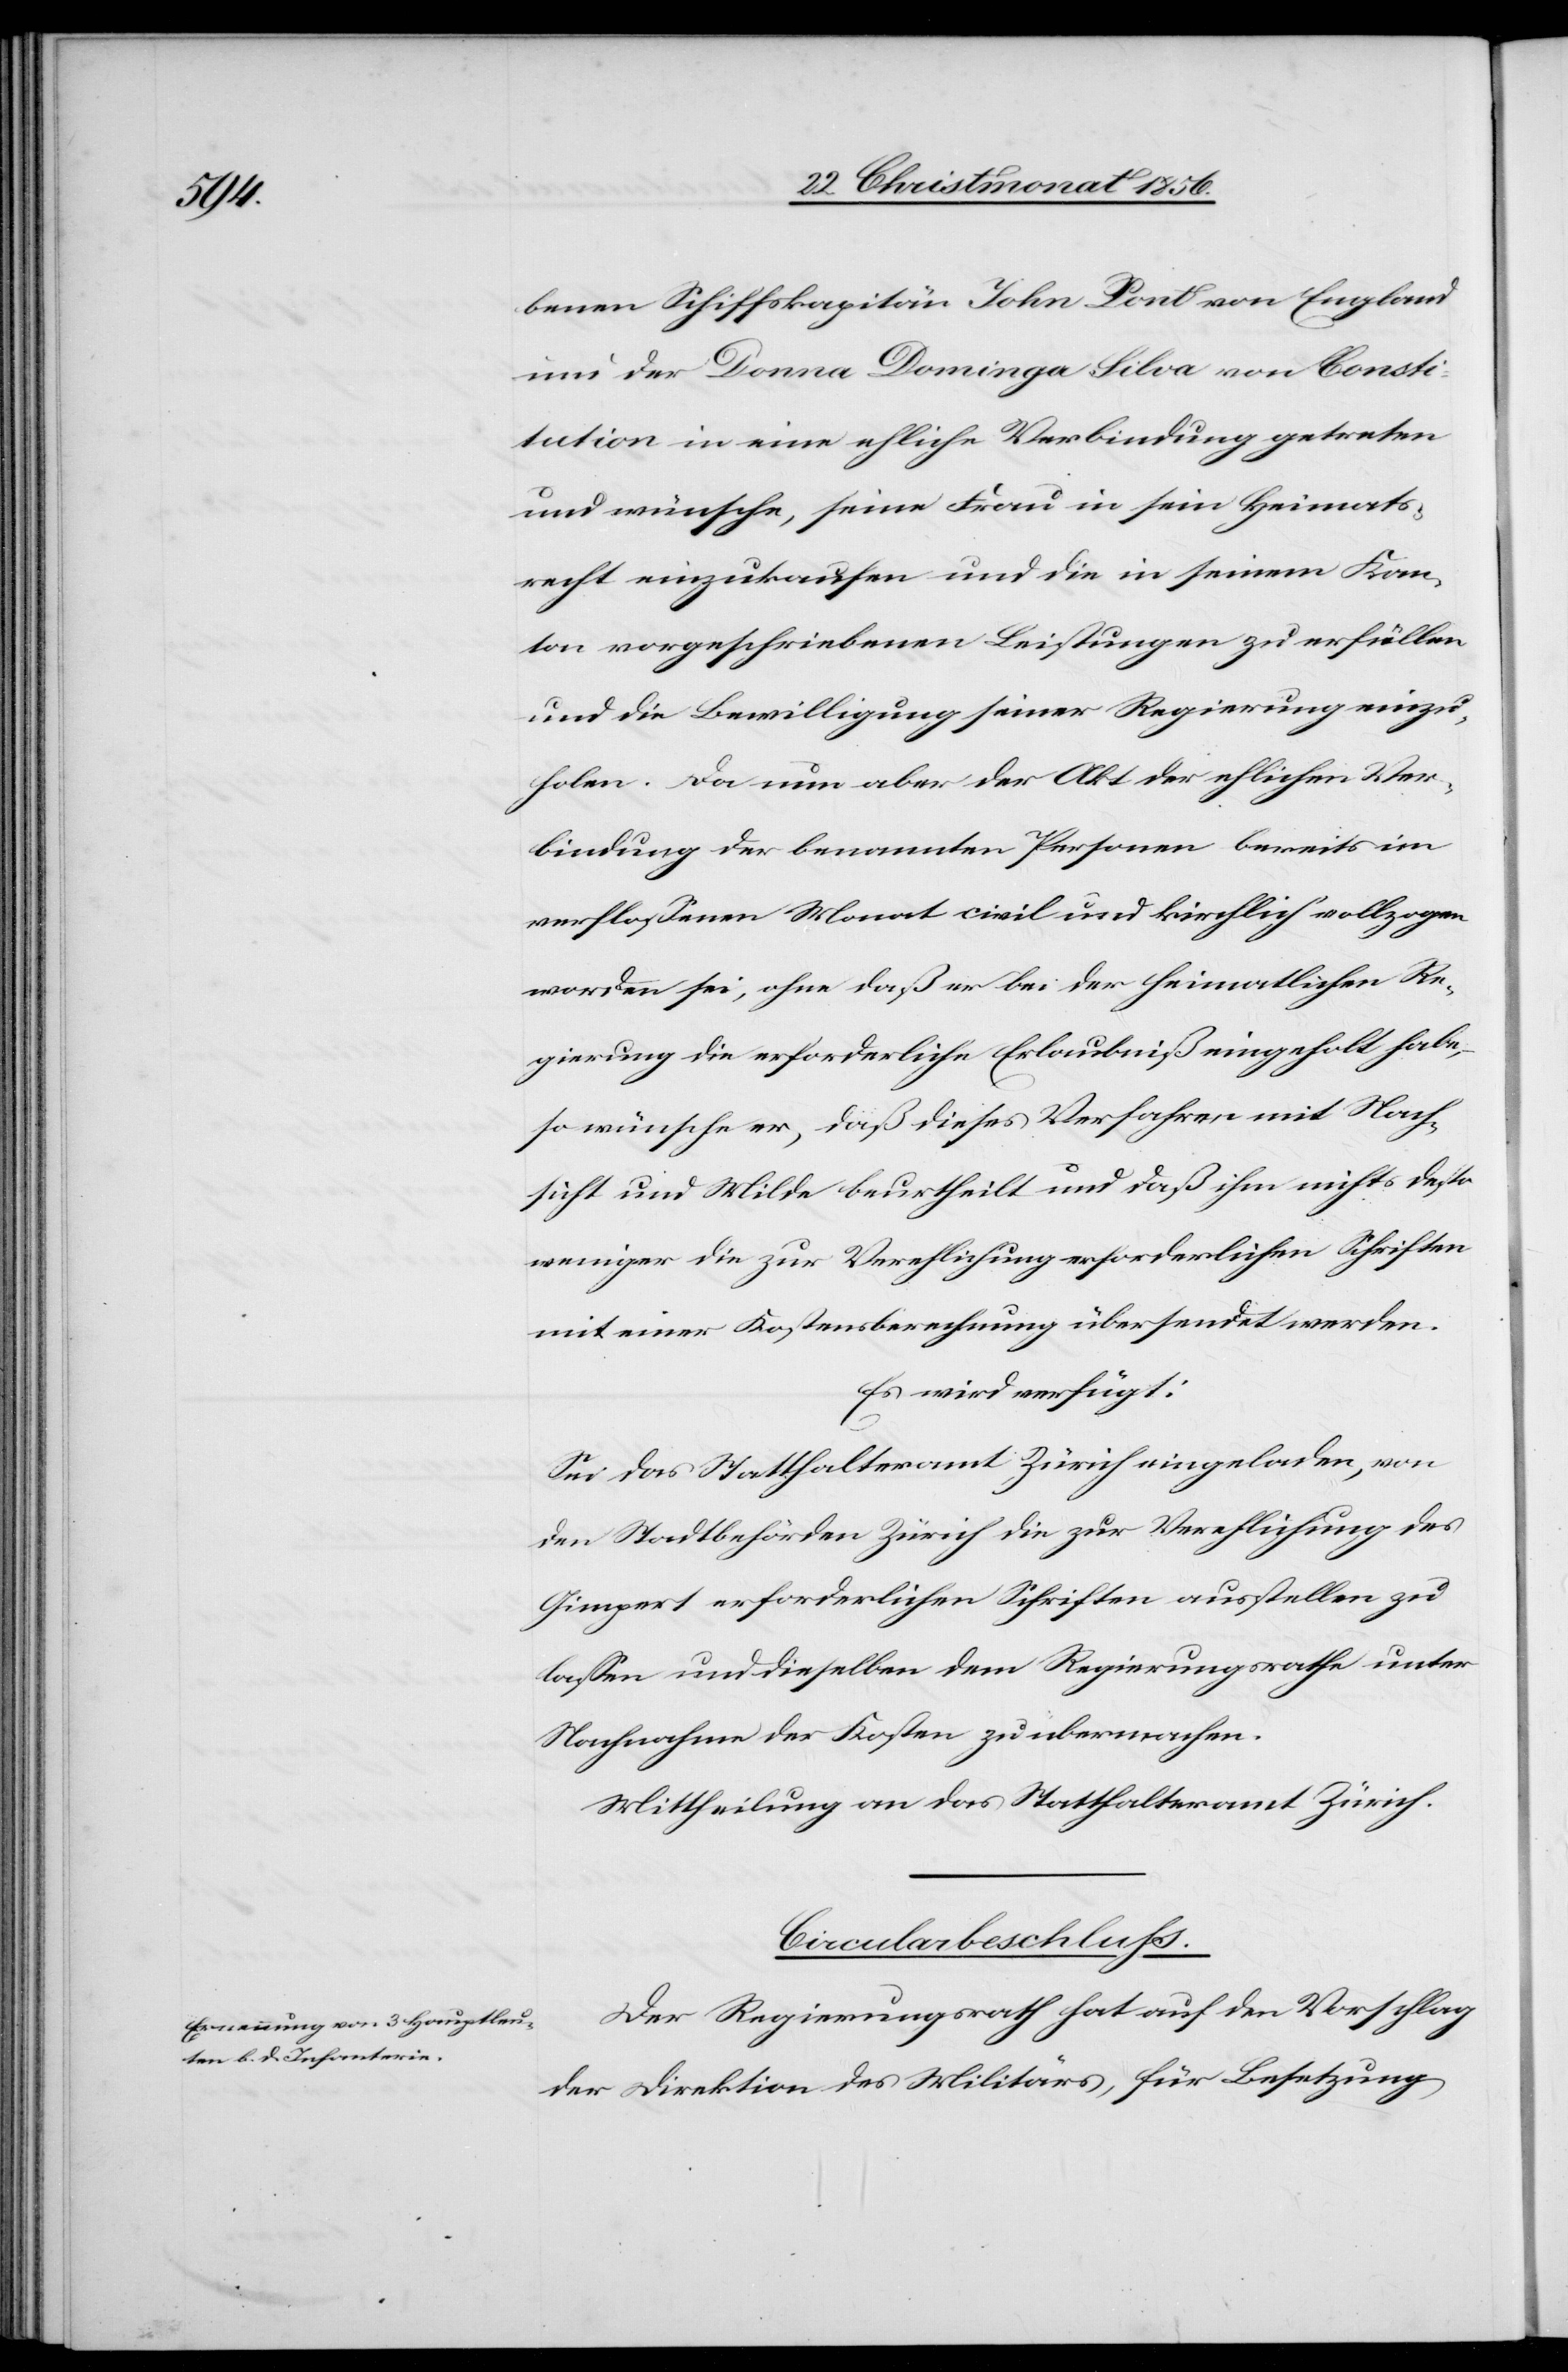
22. Christmonat 1856.]
benen Schiffkapitän John Pont von England
und der Donna Dominga Silva von Consti¬
tution in eine ehliche Verbindung getreten
und wünsche, seine Frau in sein Heimats¬
recht einzukaufen und die in seinem Kan¬
ton vorgeschriebenen Leistungen zu erfüllen
und die Bewilligung seiner Regierung einzu¬
holen. Da nun aber der Akt der ehlichen Ver¬
bindung der benannten Personen bereits im
verflossenen Monat civil und kirchlich vollzogen
worden sei, ohne daß er bei der heimatlichen Re¬
gierung die erforderliche Erlaubniß eingeholt habe,
so wünsche er, daß dieses Verfahren mit Nach¬
sicht und Milde beurtheilt und daß ihm nichts desto
weniger die zur Verehlichung erforderlichen Schriften
mit einer Kostenberechnung übersendet werden.
Es wird verfügt:
Sei das Statthalteramt Zürich eingeladen, von
den Stadtbehörden Zürich die zur Verehlichung des
Gimpert erforderlichen Schriften ausstellen zu
lassen und dieselben dem Regierungsrathe unter
Nachnahme der Kosten zu übermachen.
Mittheilung an das Statthalteramt Zürich.
Circularbeschluss.
Der Regierungsrath hat auf den Vorschlag
der Direktion des Militärs, für Besetzung